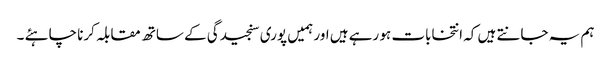
ہم یہ جانتے ہیں کہ انتخابات ہو رہے ہیں اور ہمیں پوری سنجیدگی کے ساتھ مقابلہ کرنا چاہئے ۔